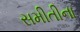
સમીતીના